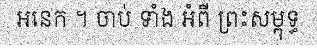
អនេក ។ ចាប់ ទាំង អំពី ព្រះសម្ពុទ្ធ